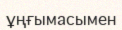
ұңғымасымен